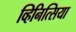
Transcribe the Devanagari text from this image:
व्हिनित्सिया